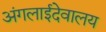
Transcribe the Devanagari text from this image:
अंगलाईदेवालय